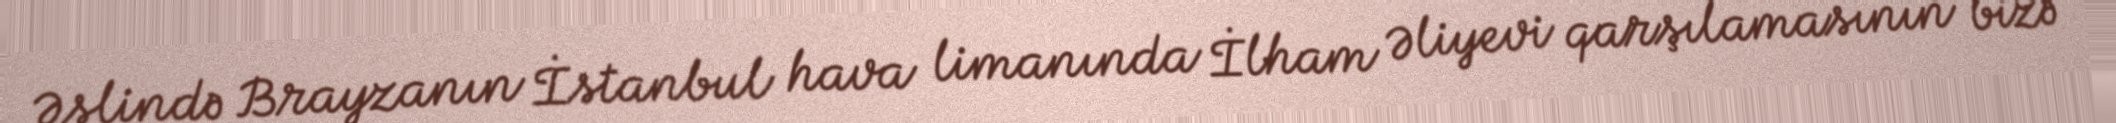
Əslində Brayzanın İstanbul hava limanında İlham Əliyevi qarşılamasının bizə